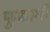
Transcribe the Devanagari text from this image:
फुकामी